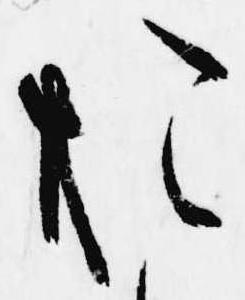
お